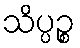
သိပ္ပဉ္စ